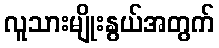
လူသားမျိုးနွယ်အတွက်